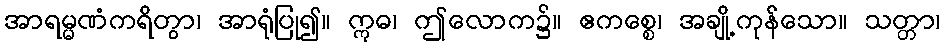
အာရမ္မဏံကရိတွာ၊ အာရုံပြု၍။ ဣဓ၊ ဤလောက၌။ ဧကစ္စေ၊ အချို့ကုန်သော။ သတ္တာ၊